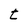
Character: t